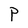
Character: P